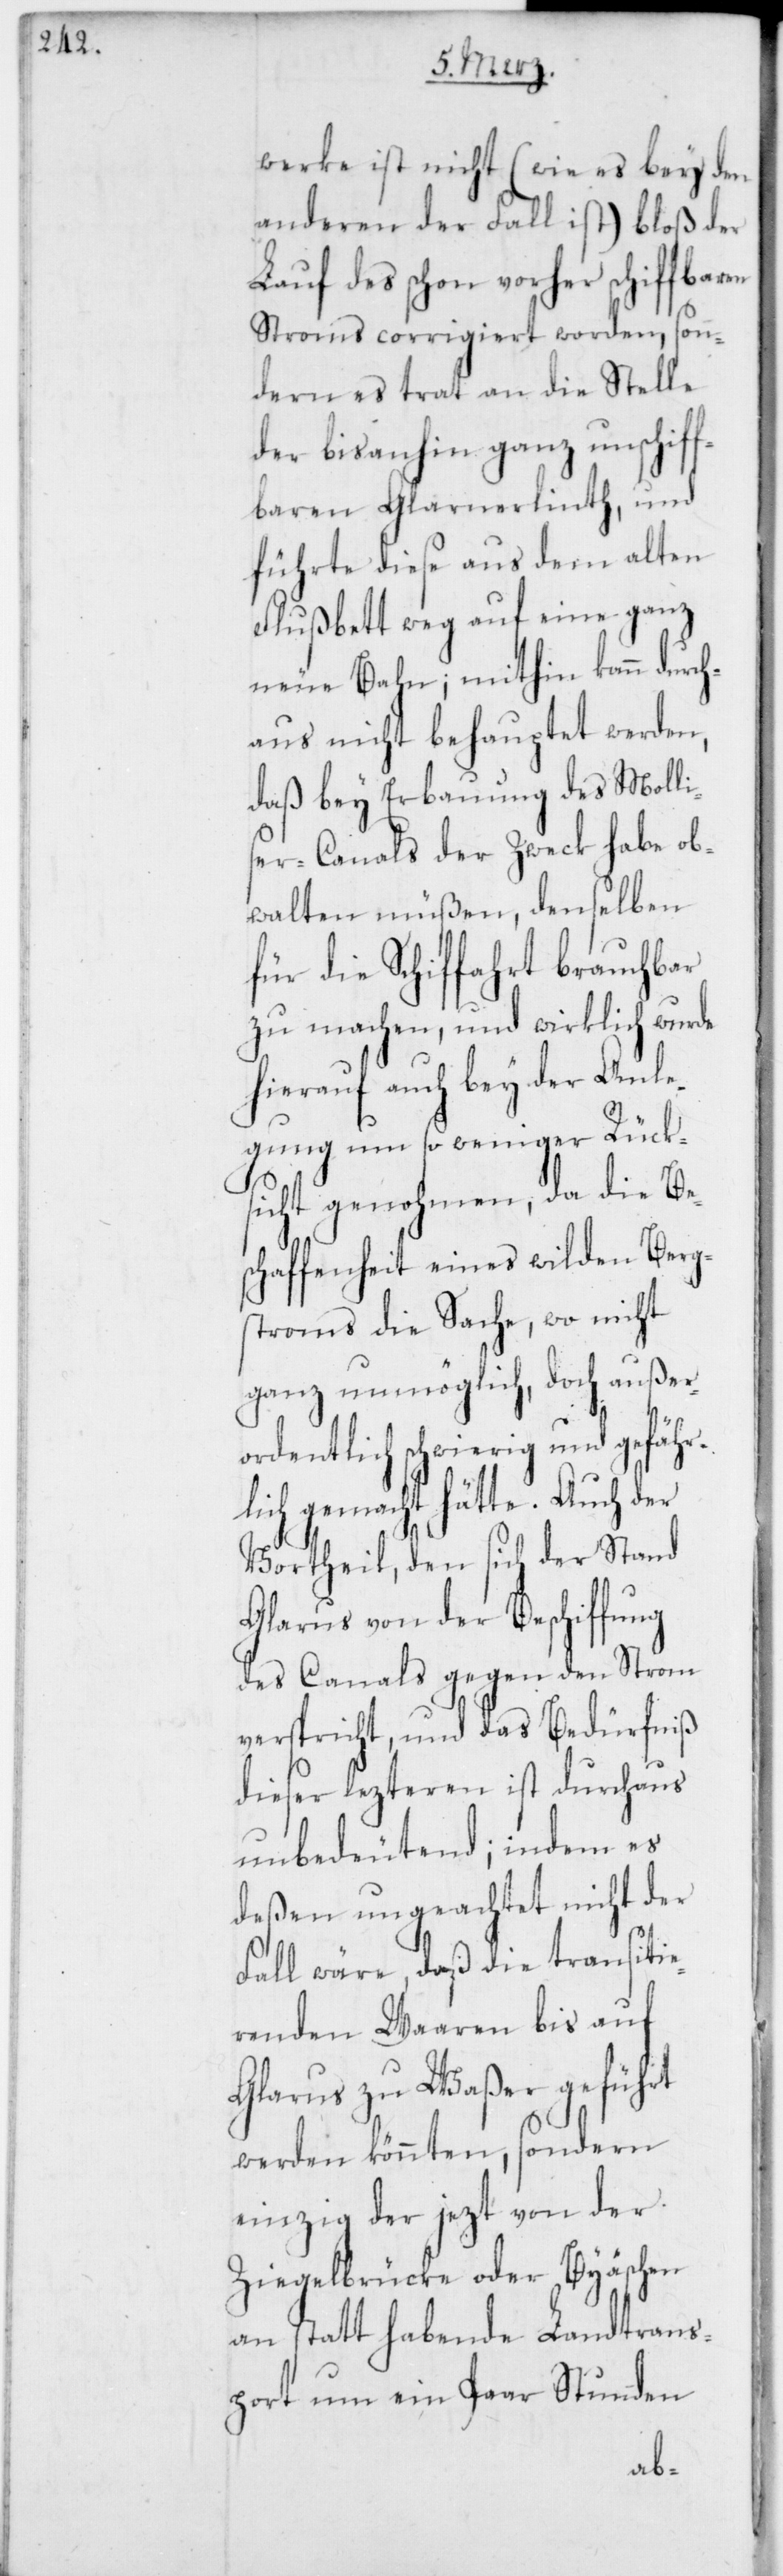
werke ist nicht (wie es bey den
anderen der Fall ist) bloß der
Lauf des schon vorher schiffbaren
Stroms corrigiert worden, son¬
dern es trat an die Stelle
der bis anhin ganz unschiff¬
baren Glarnerlinth, und
führte diese aus dem alten
Flußbett weg auf eine ganz
neue Bahn; mithin kann durch¬
aus nicht behauptet werden,
daß bey Erbauung des Molli¬
ser-Canals der Zweck habe ob¬
walten müßen, denselben
für die Schiffahrt brauchbar
zu machen, und wirklich wurde
hierauf auch bey der Anle¬
gung um so weniger Rück¬
sicht genohmen, da die Bes¬
chaffenheit eines wilden Bergs¬
troms die Sache, wo nicht
ganz unmöglich, doch außer¬
ordentlich schwierig und gefähr¬
lich gemacht hätte. Auch der
Vortheil, den sich der Stand
Glarus von der Beschiffung
des Canals gegen den Strom
verspricht, und das Bedürfniß
dieser lezteren ist durchaus
unbedeutend; indem es
deßen ungeachtet nicht der
Fall wäre, daß die transitie¬
renden Waaren bis auf
Glarus zu Waßer geführt
werden könnten, sondern
einzig der jezt von der
Ziegelbrücke oder Byäschen
an statt habende Landtrans¬
port um ein Paar Stunden